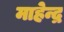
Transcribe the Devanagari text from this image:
माहेन्द्र